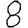
Digit: 8